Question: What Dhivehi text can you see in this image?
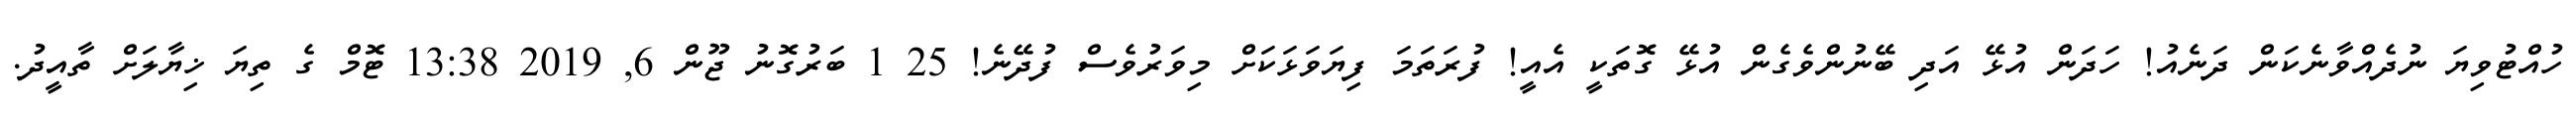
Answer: ހުއްޓުވިޔަ ނުދެއްވާނެކަން ދަނެއު! ހަދަން އުޅޭ އަދި ބޭނުންވެގެން އުޅޭ ގޮތަކީ އެއީ! ފުރަތަމަ ފިޔަވަޅަކަށް މިވަރުވެސް ފުދޭނެ! 25 1 ބަރުގޮނު ޖޫން 6, 2019 13:38 ޓޮމް ގެ ތިޔަ ޚިޔާލަށް ތާއީދު.